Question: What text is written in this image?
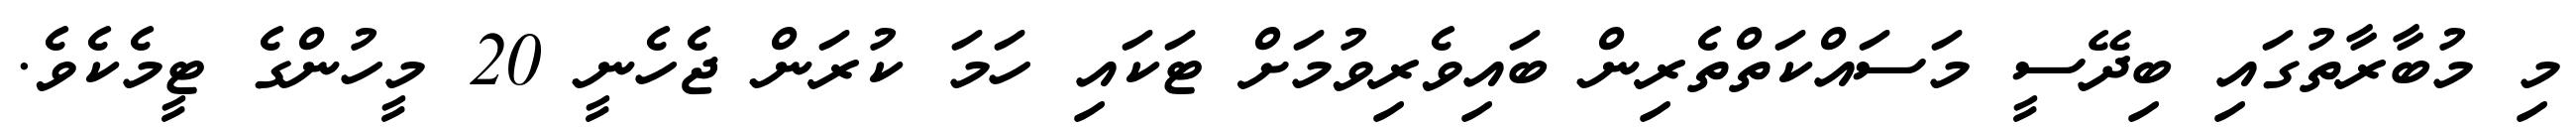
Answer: މި މުބާރާތުގައި ބިދޭސީ މަސައްކަތްތެރިން ބައިވެރިވުމަށް ޓަކައި ހަމަ ކުރަން ޖެހެނީ 20 މީހުންގެ ޓީމެކެވެ.